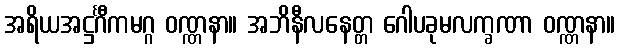
အရိယအဋ္ဌင်္ဂီကမဂ္ဂ ဝဏ္ဏနာ။ အဘိနီလနေတ္တ ဂေါပခုမလက္ခဏာ ဝဏ္ဏနာ။